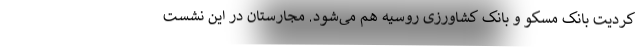
کردیت بانک مسکو و بانک کشاورزی روسیه هم می‌شود. مجارستان در این نشست